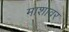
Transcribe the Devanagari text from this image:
माशावर